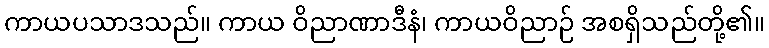
ကာယပသာဒသည်။ ကာယ ဝိညာဏာဒီနံ၊ ကာယဝိညာဉ် အစရှိသည်တို့၏။